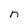
Character: n